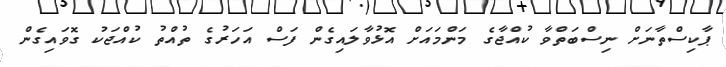
ޕާކިސްތާނަށް ނިސްބަތްވާ ކުއްޖާގެ މަންމައަށް އޮޅުވާލައިގެން ފަސް އަަހަރުގެ ތުއްތު ކުއްޖަކު ގޮވައިގެން